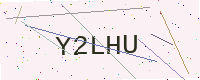
Text: Y2LHU